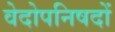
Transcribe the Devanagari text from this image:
वेदोपनिषदों